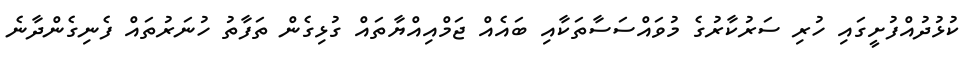
ކުޅުދުއްފުށީގައި ހުރި ސަރުކާރުގެ މުވައްސަސާތަކާއި ބައެއް ޖަމްއިއްޔާތައް ގުޅިގެން ތަފާތު ހުނަރުތައް ފެނިގެންދާނެެ